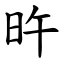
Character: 旿